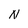
Character: N